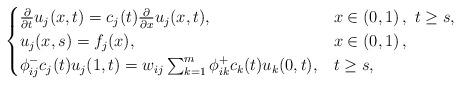
LaTeX: \begin{align*}\begin{cases}\frac{\partial}{\partial t}u_j(x,t)=c_j(t)\frac{\partial}{\partial x}u_j(x,t),&x\in\left(0,1\right),\ t\geq s,\\u_j(x,s)= f_j(x),&x\in\left(0,1\right),\\ \phi^-_{ij}c_j(t)u_j(1,t)= w_{ij}\sum_{k=1}^m{\phi^+_{ik}c_k(t)u_k(0,t)},&t\geq s,\end{cases}\end{align*}